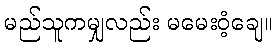
မည်သူကမျှလည်း မမေးဝံ့ချေ။